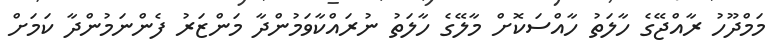
މަމްދޫހު ރާއްޖޭގެ ހާލަތު ހާއްސަކޮށް މާލޭގެ ހާލަތު ނުރައްކާވަމުންދާ މަންޒަރު ފެންނަމުންދާ ކަމަށް